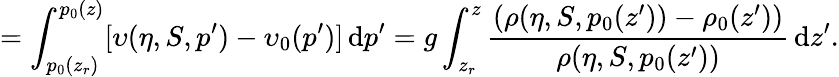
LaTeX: =\int_{p_{0}(z_{r})}^{p_{0}(z)}[\upsilon(\eta,S,p^{\prime})-\upsilon_{0}(p^{\prime})]\, \mathrm{d}p^{\prime}=g\int_{z_{r}}^{z}\frac{(\rho(\eta,S,p_{0}(z^{\prime}))-\rho_{0}(z^{\prime}))}{\rho(\eta,S,p_{0}(z^{\prime}))}\, \mathrm{d}z^{\prime}.